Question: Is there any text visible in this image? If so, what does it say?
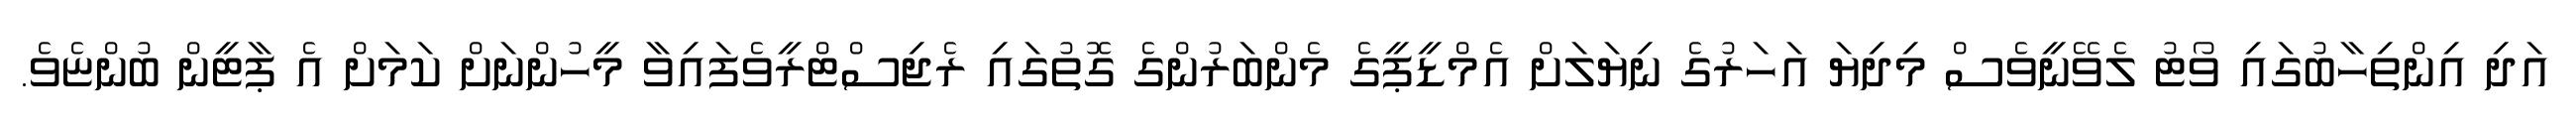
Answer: އަދި އިންތިހާބުގައި ވޯޓު ލެވޭނީވެސް މިދިޔަ އަހަރުގެ ނިޔަލަށް އެމްޑީޕީގެ މެންބަރުންގެ ގޮތުގައި ރެޖިސްޓްރީވެފައިވާ މީހުންނަށް ކަމަށް އެ ޕާޓީން ބުންޏެވެ.